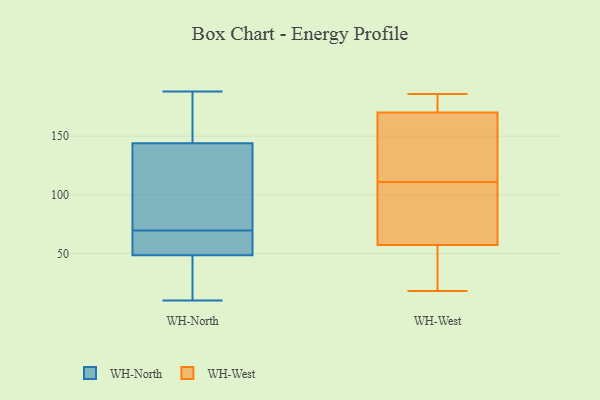
{"axis": {"x": "Budget (USD K)", "y": "Value"}, "legend": ["WH-North", "WH-West"], "data": [{"x": "", "y": 54, "type": "WH-North"}, {"x": "", "y": 43, "type": "WH-North"}, {"x": "", "y": 71, "type": "WH-North"}, {"x": "", "y": 66, "type": "WH-North"}, {"x": "", "y": 68, "type": "WH-North"}, {"x": "", "y": 153, "type": "WH-North"}, {"x": "", "y": 43, "type": "WH-North"}, {"x": "", "y": 72, "type": "WH-North"}, {"x": "", "y": 135, "type": "WH-North"}, {"x": "", "y": 10, "type": "WH-North"}, {"x": "", "y": 169, "type": "WH-North"}, {"x": "", "y": 188, "type": "WH-North"}, {"x": "", "y": 182, "type": "WH-West"}, {"x": "", "y": 18, "type": "WH-West"}, {"x": "", "y": 96, "type": "WH-West"}, {"x": "", "y": 111, "type": "WH-West"}, {"x": "", "y": 92, "type": "WH-West"}, {"x": "", "y": 21, "type": "WH-West"}, {"x": "", "y": 67, "type": "WH-West"}, {"x": "", "y": 95, "type": "WH-West"}, {"x": "", "y": 19, "type": "WH-West"}, {"x": "", "y": 160, "type": "WH-West"}, {"x": "", "y": 186, "type": "WH-West"}, {"x": "", "y": 177, "type": "WH-West"}, {"x": "", "y": 54, "type": "WH-West"}, {"x": "", "y": 165, "type": "WH-West"}, {"x": "", "y": 181, "type": "WH-West"}, {"x": "", "y": 155, "type": "WH-West"}, {"x": "", "y": 148, "type": "WH-West"}, {"x": "", "y": 52, "type": "WH-West"}, {"x": "", "y": 172, "type": "WH-West"}]}